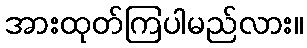
အားထုတ်ကြပါမည်လား။